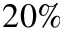
2 0 \%